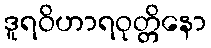
ဒူရဝိဟာရဝုတ္တိနော